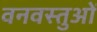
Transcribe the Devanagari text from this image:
वनवस्तुओं